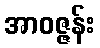
အာဝဇ္ဇန်း